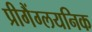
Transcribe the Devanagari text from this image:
प्रीगैंग्लयनिक